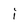
Character: i